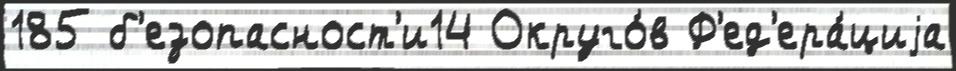
185 б'езопасност'и14 Округо́в Ф'ед'ера́циjа